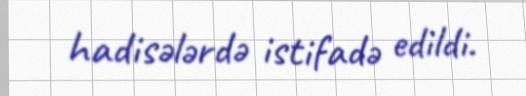
hadisələrdə istifadə edildi.